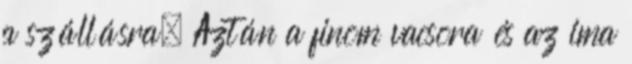
a szállásra. Aztán a finom vacsora és az ima